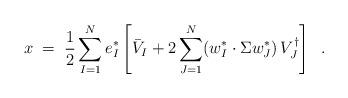
LaTeX: \begin{align*} x \;=\; \frac{1}{2} \sum_{I=1}^N e_I^* \left[ \bar{V}_I + 2 \sum_{J=1}^N (w_I^* \cdot \Sigma w^*_J) \, V_J^\dagger \right] \;\;.\end{align*}